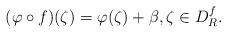
LaTeX: \begin{align*}(\varphi\circ f)(\zeta) & =\varphi(\zeta)+\beta,\zeta\in{D}_{R}^f.\end{align*}